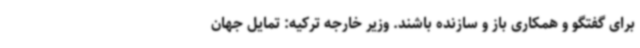
برای گفتگو و همکاری باز و سازنده باشند. وزیر خارجه ترکیه: تمایل جهان